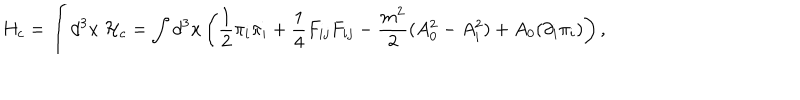
LaTeX: H _ { c } = { \displaystyle \int d ^ { 3 } x ~ { \cal H } _ { c } } = { \displaystyle \int d ^ { 3 } x \left( \frac { 1 } { 2 } { \pi _ { i } } { \pi _ { i } } + { \frac { 1 } { 4 } } F _ { i j } F _ { i j } - \frac { m ^ { 2 } } { 2 } ( A _ { 0 } ^ { 2 } - A _ { i } ^ { 2 } ) + A _ { 0 } ( { \partial _ { i } } \pi _ { i } ) \right) , }